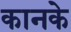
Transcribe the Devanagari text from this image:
कानके